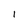
Character: l